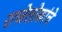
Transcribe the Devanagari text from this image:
राजेलोकांचे